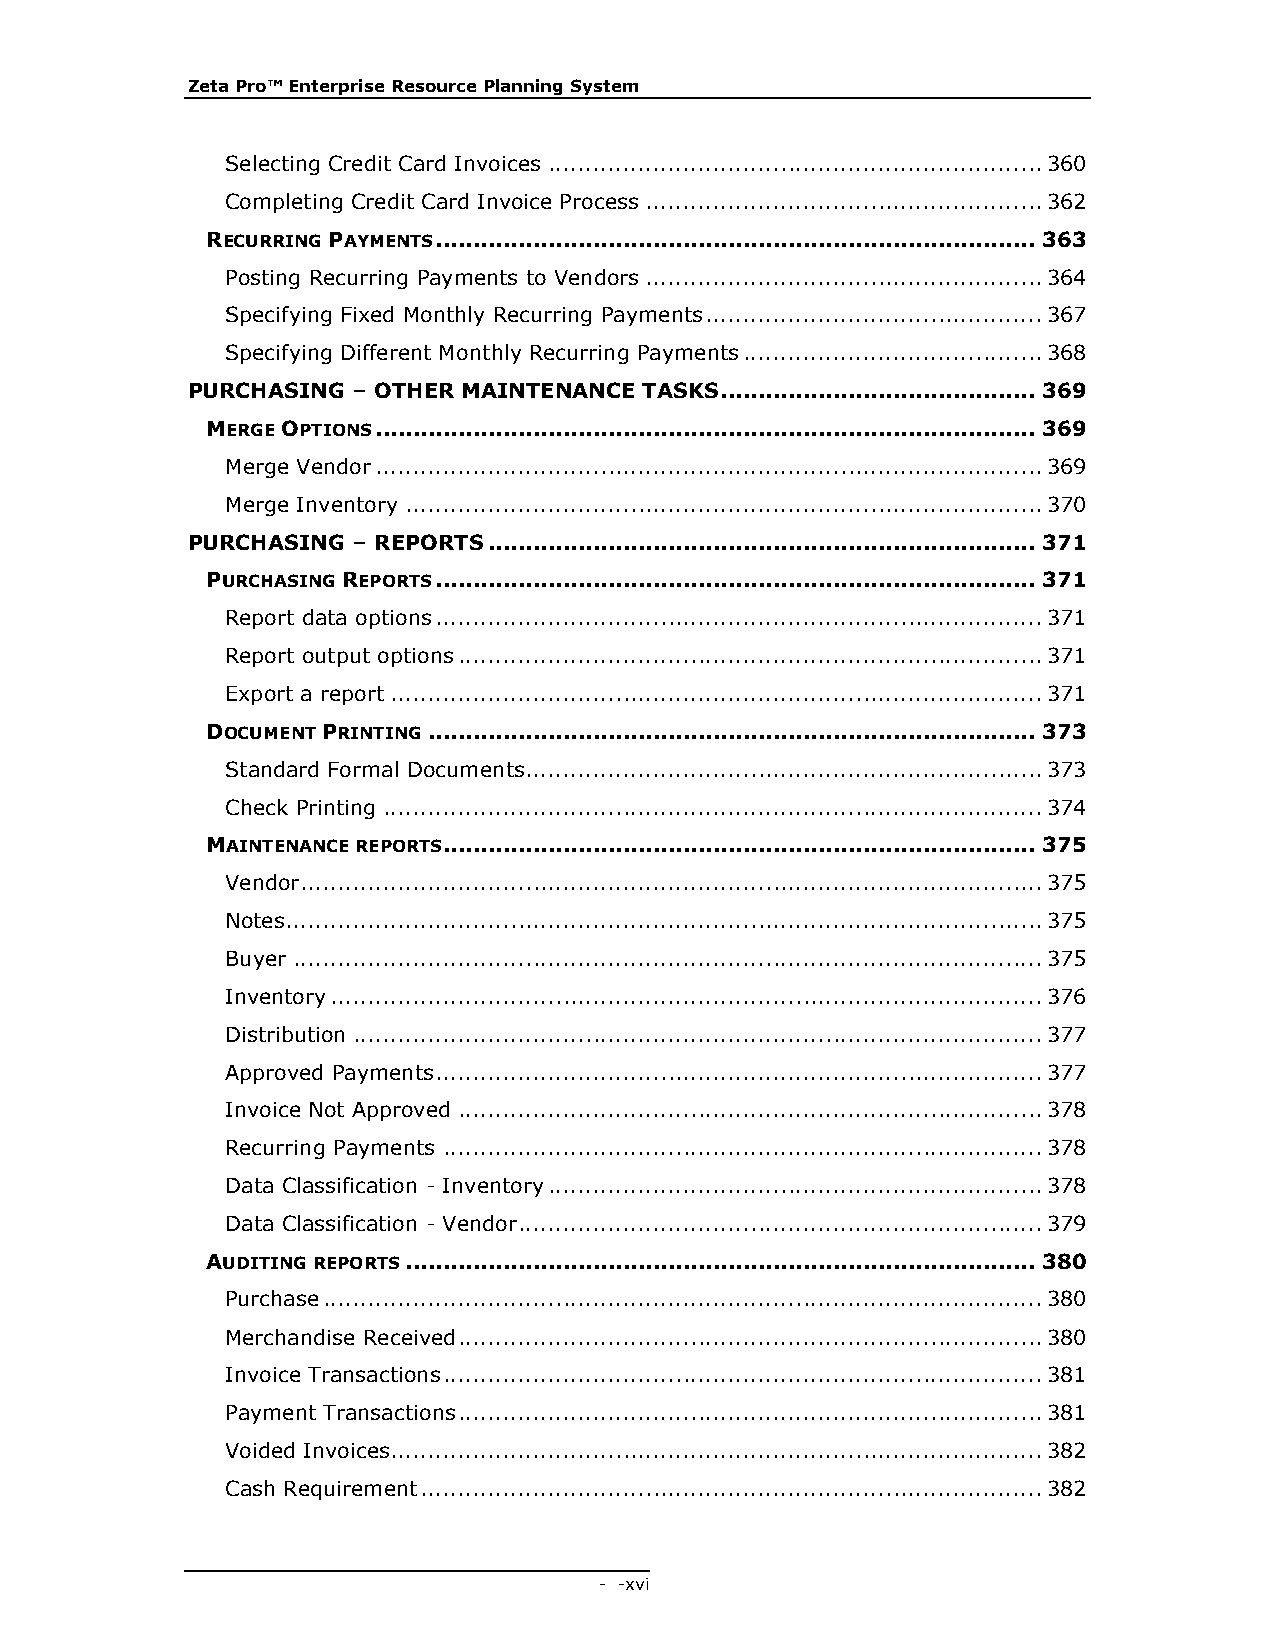
Zeta Pro™ Enterprise Resource Planning System
 Selecting Credit Card Invoices .................................................................. 360
 Completing Credit Card Invoice Process ..................................................... 362
 RECURRING PAYMENTS ................................................................................ 363
 Posting Recurring Payments to Vendors ..................................................... 364
 Specifying Fixed Monthly Recurring Payments ............................................. 367
 Specifying Different Monthly Recurring Payments ........................................ 368
 PURCHASING – OTHER MAINTENANCE TASKS .......................................... 369
 MERGE OPTIONS ........................................................................................ 369
 Merge Vendor ......................................................................................... 369
 Merge Inventory ..................................................................................... 370
 PURCHASING – REPORTS ......................................................................... 371
 PURCHASING REPORTS ................................................................................ 371
 Report data options ................................................................................. 371
 Report output options .............................................................................. 371
 Export a report ....................................................................................... 371
 DOCUMENT PRINTING ................................................................................. 373
 Standard Formal Documents..................................................................... 373
 Check Printing ........................................................................................ 374
 MAINTENANCE REPORTS ............................................................................... 375
 Vendor ................................................................................................... 375
 Notes ..................................................................................................... 375
 Buyer .................................................................................................... 375
 Inventory ............................................................................................... 376
 Distribution ............................................................................................ 377
 Approved Payments ................................................................................. 377
 Invoice Not Approved .............................................................................. 378
 Recurring Payments ................................................................................ 378
 Data Classification - Inventory .................................................................. 378
 Data Classification - Vendor ...................................................................... 379
 AUDITING REPORTS .................................................................................... 380
 Purchase ................................................................................................ 380
 Merchandise Received .............................................................................. 380
 Invoice Transactions ................................................................................ 381
 Payment Transactions .............................................................................. 381
 Voided Invoices....................................................................................... 382
 Cash Requirement ................................................................................... 382
 - - xvi